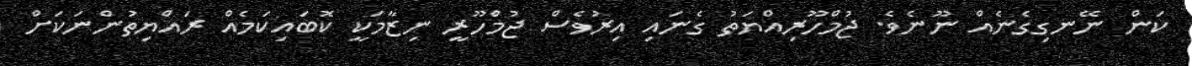
ކަން ނޭނގިގެނެއް ނޫނެވެ. ޖުމްހޫރިއްޔަތު ގެނައި އިރުވެސް ޖުމްހޫރީ ނިޒާމަކީ ކޮބައިކަމެއް ރައްޔިތުންނަކަށް